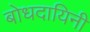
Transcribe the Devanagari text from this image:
बोधदायिनी